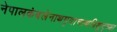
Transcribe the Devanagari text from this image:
नेपालकंबलेनाथमृदाचाथविशुद्ध्या